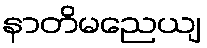
နာတိမညေယျ